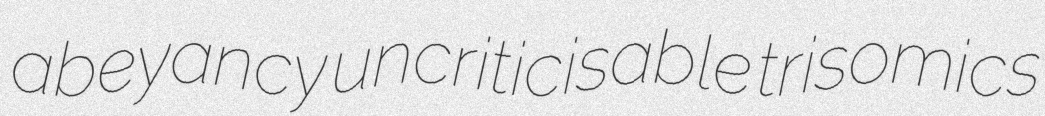
abeyancy uncriticisable trisomics